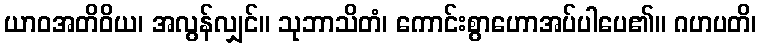
ယာဝအတိဝိယ၊ အလွန်လျှင်။ သုဘာသိတံ၊ ကောင်းစွာဟောအပ်ပါပေ၏။ ဂဟပတိ၊